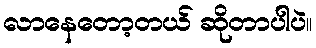
လာနေတော့တယ် ဆိုတာပါပဲ။